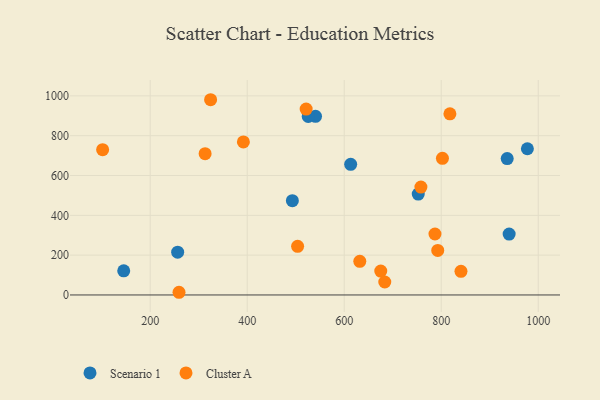
{"axis": {"x": "Study Hours", "y": "Profit"}, "legend": ["Cluster A", "Scenario 1"], "data": [{"x": "493.1", "y": 473.8, "type": "Scenario 1"}, {"x": "613.3", "y": 656.1, "type": "Scenario 1"}, {"x": "936.0", "y": 685.2, "type": "Scenario 1"}, {"x": "145.4", "y": 121.3, "type": "Scenario 1"}, {"x": "752.6", "y": 506.7, "type": "Scenario 1"}, {"x": "540.8", "y": 897.4, "type": "Scenario 1"}, {"x": "977.6", "y": 734.5, "type": "Scenario 1"}, {"x": "940.0", "y": 305.8, "type": "Scenario 1"}, {"x": "256.6", "y": 215.0, "type": "Scenario 1"}, {"x": "525.8", "y": 896.9, "type": "Scenario 1"}, {"x": "758.1", "y": 541.8, "type": "Cluster A"}, {"x": "259.4", "y": 13.5, "type": "Cluster A"}, {"x": "840.7", "y": 118.8, "type": "Cluster A"}, {"x": "787.1", "y": 306.3, "type": "Cluster A"}, {"x": "101.9", "y": 730.0, "type": "Cluster A"}, {"x": "683.6", "y": 65.2, "type": "Cluster A"}, {"x": "503.9", "y": 244.4, "type": "Cluster A"}, {"x": "802.5", "y": 686.3, "type": "Cluster A"}, {"x": "392.1", "y": 768.5, "type": "Cluster A"}, {"x": "313.2", "y": 709.8, "type": "Cluster A"}, {"x": "817.9", "y": 910.1, "type": "Cluster A"}, {"x": "792.8", "y": 223.6, "type": "Cluster A"}, {"x": "632.1", "y": 169.1, "type": "Cluster A"}, {"x": "675.3", "y": 120.1, "type": "Cluster A"}, {"x": "324.5", "y": 980.7, "type": "Cluster A"}, {"x": "521.5", "y": 933.6, "type": "Cluster A"}]}